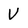
Character: V